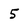
Character: 5